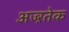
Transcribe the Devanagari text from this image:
अज्ऱतेक